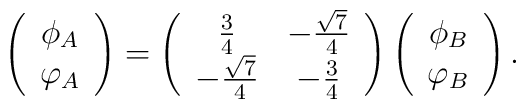
\left(\begin{array}{c}       \phi_A\\       \varphi_A \end{array}\right)          = \left(\begin{array}{cc}           \frac{3}{4}& - \frac{\sqrt{7}}{4}\\           - \frac{\sqrt{7}}{4} & - \frac{3}{4} \end{array}\right)          \left(\begin{array}{c}       \phi_B\\       \varphi_B \end{array}\right).